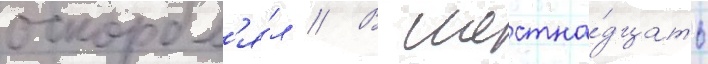
оскорбл'я́л // В шестна́дцать